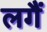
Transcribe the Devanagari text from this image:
लगैं